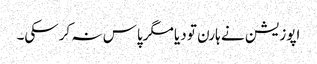
اپوزیشن نے ہارن تو دیا مگرپاس نہ کرسکی۔